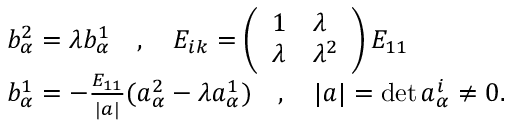
\begin{array} { l } { { b _ { \alpha } ^ { 2 } = \lambda b _ { \alpha } ^ { 1 } \quad , \quad E _ { i k } = \left( \begin{array} { l l } { { 1 } } & { { \lambda } } \\ { { \lambda } } & { { \lambda ^ { 2 } } } \end{array} \right) E _ { 1 1 } } } \\ { { b _ { \alpha } ^ { 1 } = - \frac { E _ { 1 1 } } { | a | } ( a _ { \alpha } ^ { 2 } - \lambda a _ { \alpha } ^ { 1 } ) \quad , \quad | a | = \operatorname * { d e t } a _ { \alpha } ^ { i } \not = 0 . } } \end{array}